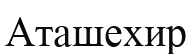
Аташехир